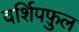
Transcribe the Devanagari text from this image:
वर्शिपफ़ुल